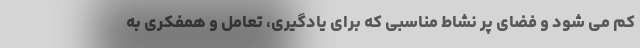
کم می شود و فضای پر نشاط مناسبی که برای یادگیری، تعامل و همفکری به